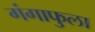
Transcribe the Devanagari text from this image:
गंगाफुला